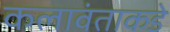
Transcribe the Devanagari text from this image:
कलावंताकडे